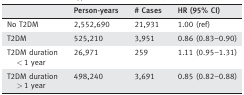
<table><thead><tr><td></td><td><b>Person‐years</b></td><td><b># Cases</b></td><td><b>HR (95% CI)</b></td></tr></thead><tbody><tr><td>No T2DM</td><td>2,552,690</td><td>21,931</td><td>1.00 (ref)</td></tr><tr><td>T2DM</td><td>525,210</td><td>3,951</td><td>0.86 (0.83–0.90)</td></tr><tr><td>T2DM duration&lt; 1 year</td><td>26,971</td><td>259</td><td>1.11 (0.95–1.31)</td></tr><tr><td>T2DM duration&gt; 1 year</td><td>498,240</td><td>3,691</td><td>0.85 (0.82–0.88)</td></tr></tbody></table>